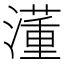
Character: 𣿅